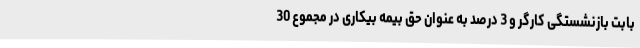
بابت بازنشستگی کارگر و 3 درصد به عنوان حق بیمه بیکاری در مجموع 30